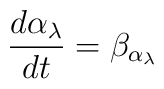
\frac{d\alpha_{\lambda}}{dt}=\beta_{\alpha_{\lambda}}